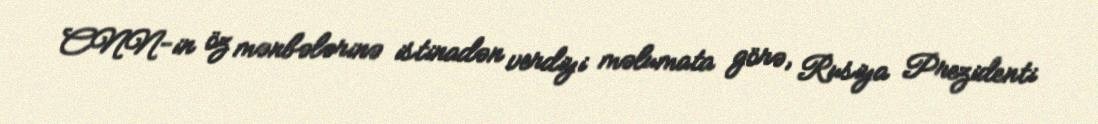
CNN-in öz mənbələrinə istinadən verdiyi məlumata görə, Rusiya Prezidenti